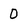
Character: 0